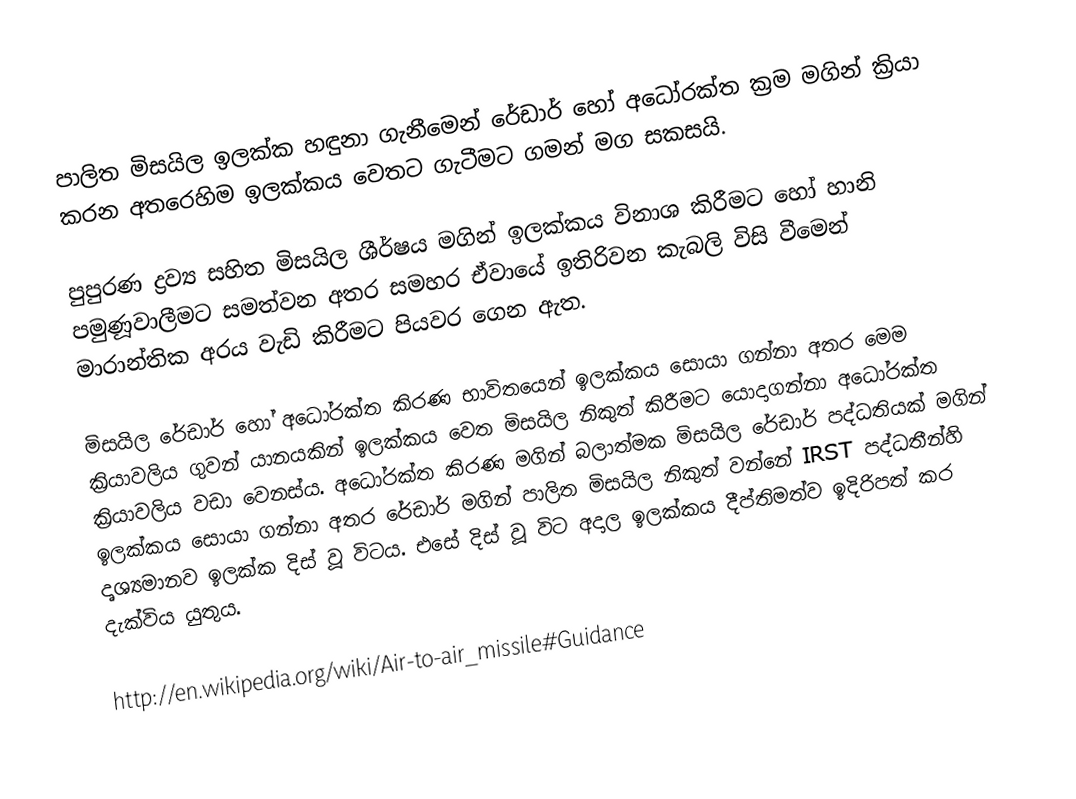
පාලිත මිසයිල ඉලක්ක හඳුනා ගැනීමෙන් රේඩාර් හෝ අධෝරක්ත ක්‍රම මගින් ක්‍රියා කරන අතරෙහිම ඉලක්කය වෙතට ගැටීමට ගමන් මග සකසයි.

පුපුරණ ද්‍රව්‍ය සහිත මිසයිල ශීර්ෂය මගින් ඉලක්කය විනාශ කිරීමට හෝ හානි පමුණූවාලීමට සමත්වන අතර සමහර ඒවායේ ඉතිරිවන කැබලි  විසි වීමෙන් මාරාන්තික අරය වැඩි කිරීමට පියවර ගෙන ඇත.

මිසයිල රේඩාර් හෝ අධෝරක්ත කිරණ භාවිතයෙන් ඉලක්කය සොයා ගන්නා අතර මෙම ක්‍රියාවලිය ගුවන් යානයකින් ඉලක්කය වෙත මිසයිල නිකුත් කිරීමට යොදාගන්නා අධෝරක්ත ක්‍රියාවලිය වඩා වෙනස්ය. අධෝරක්ත කිරණ මගින් බලාත්මක මිසයිල රේඩාර් පද්ධතියක් මගින් ඉලක්කය සොයා ගන්නා අතර රේඩාර් මගින් පාලිත මිසයිල නිකුත් වන්නේ IRST පද්ධතීන්හි දෘශ්‍යමානව ඉලක්ක දිස් වූ විටය. එසේ දිස් වූ විට අදාල ඉලක්කය දීප්තිමත්ව ඉදිරිපත් කර දැක්විය යුතුය.

http://en.wikipedia.org/wiki/Air-to-air_missile#Guidance